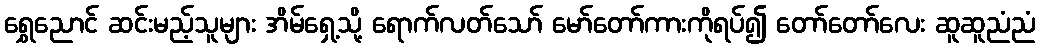
ရွှေညောင် ဆင်းမည့်သူများ အိမ်ရှေ့သို့ ရောက်လတ်သော် မော်တော်ကားကိုရပ်၍ တော်တော်လေး ဆူဆူညံညံ